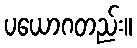
ပယောဂတည်း။